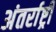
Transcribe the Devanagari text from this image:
अंतर्राष्ट्री